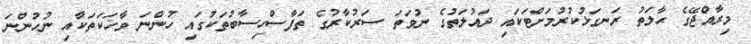
މިރާއްޖޭގެ ޙާލަތު ރަނގަޅުކުރުމަށްޓަކައި ދައުލަތުގެ ނުވަތަ ސަރުކާރުގެ ތަފާސްހިސާބުތަކުގައި ހުންނަ ވާހަކަތަކާއި ނުހުންނަ